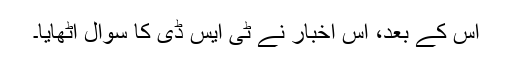
اس کے بعد، اس اخبار نے ٹی ایس ڈی کا سوال اٹھایا۔